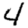
Digit: 4